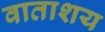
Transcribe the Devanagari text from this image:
वाताशय